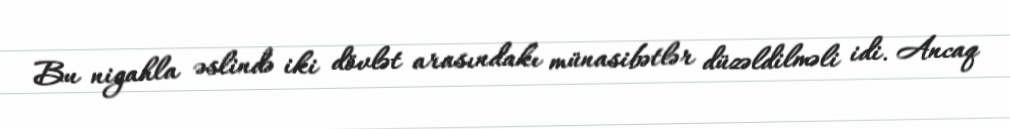
Bu nigahla əslində iki dövlət arasındakı münasibətlər düzəldilməli idi. Ancaq